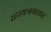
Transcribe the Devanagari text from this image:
रहस्यत्रयसार